Report of an investigation of the epidemic of malarial fever in Assam, or, kala-azar
Disease focus: Malaria
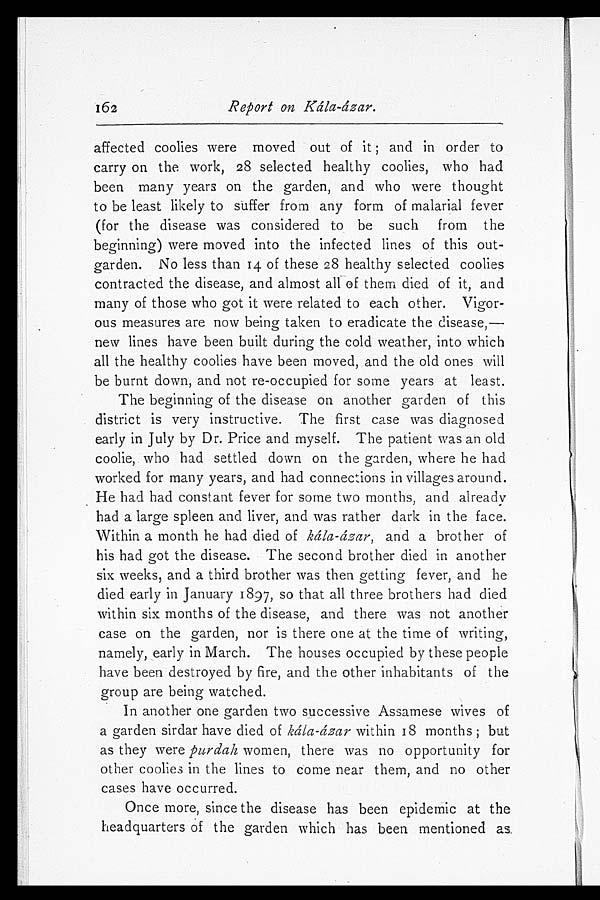
162
Report on Kála-ázar.
affected coolies were moved out of it; and in order to
carry on the work, 28 selected healthy coolies, who had
been many years on the garden, and who were thought
to be least likely to suffer from any form of malarial fever
(for the disease was considered to be such from the
beginning) were moved into the infected lines of this out-
garden. No less than 14 of these 28 healthy selected coolies
contracted the disease, and almost all of them died of it, and
many of those who got it were related to each other. Vigor-
ous measures are now being taken to eradicate the disease,—
new lines have been built during the cold weather, into which
all the healthy coolies have been moved, and the old ones will
be burnt down, and not re-occupied for some years at least.
The beginning of the disease on another garden of this
district is very instructive. The first case was diagnosed
early in July by Dr. Price and myself. The patient was an old
coolie, who had settled down on the garden, where he had
worked for many years, and had connections in villages around.
He had had constant fever for some two months, and already
had a large spleen and liver, and was rather dark in the face.
Within a month he had died of kála-ázar, and a brother of
his had got the disease. The second brother died in another
six weeks, and a third brother was then getting fever, and he
died early in January 1897, so that all three brothers had died
within six months of the disease, and there was not another
case on the garden, nor is there one at the time of writing,
namely, early in March. The houses occupied by these people
have been destroyed by fire, and the other inhabitants of the
group are being watched.
In another one garden two successive Assamese wives of
a garden sirdar have died of kála-ázar within 18 months; but
as they were purdah women, there was no opportunity for
other coolies in the lines to come near them, and no other
cases have occurred.
Once more, since the disease has been epidemic at the
headquarters of the garden which has been mentioned as